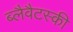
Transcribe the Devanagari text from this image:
ब्लैवैटस्की